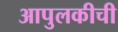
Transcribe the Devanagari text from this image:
आपुलकीची